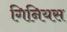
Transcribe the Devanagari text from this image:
गिनियस